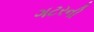
ગટરની